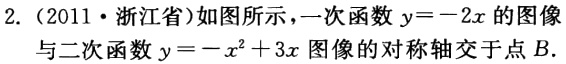
2.（2011·浙江省）如图所示，一次函数\(y = - 2x\)的图像与二次函数\(y=-x^{2}+3x\)图像的对称轴交于点\(B\).